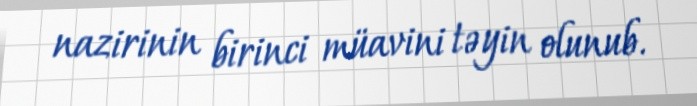
nazirinin birinci müavini təyin olunub.